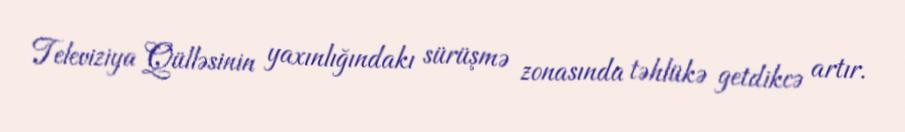
Televiziya Qülləsinin yaxınlığındakı sürüşmə zonasında təhlükə getdikcə artır.